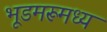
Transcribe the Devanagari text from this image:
भूडमरूमध्य